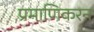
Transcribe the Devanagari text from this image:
प्रमाणिकरन